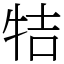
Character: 㸵